Annual report on the Civil Veterinary Department, Burma (including the Insein Veterinary School) - 1910-1922
Year: 1910
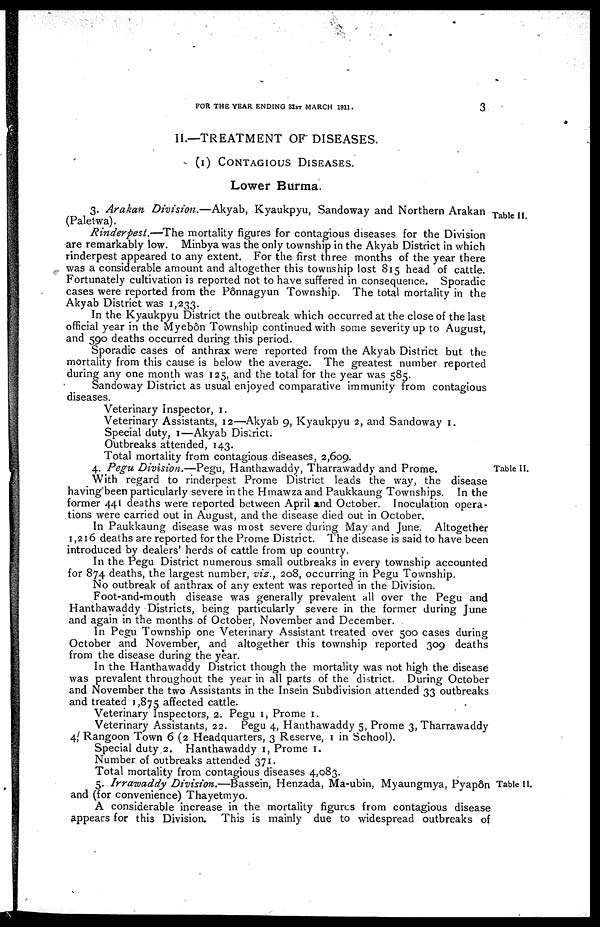
FOR THE YEAR ENDING 31ST MARCH 1911.
3
II.—TREATMENT OF DISEASES.
(1) CONTAGIOUS DISEASES.
Lower Burma.
Table II.
3. Arakan Division.—Akyab,
Kyaukpyu, Sandoway and Northern Arakan
(Paletwa).
Rinderpest.—The
mortality figures for contagious diseases for the Division
are remarkably low. Minbya was the only township in the Akyab District in which
rinderpest appeared to any extent. For the first three months of the year there
was a considerable amount and altogether this township lost 815 head of cattle.
Fortunately cultivation is reported not to have suffered in consequence. Sporadic
cases were reported from the Pônnagyun Township. The total mortality in the
Akyab District was 1,233.
In the Kyaukpyu District the outbreak which occurred at the close of the last
official year in the Myebôn Township continued with some severity up to August,
and 590 deaths occurred during this period.
Sporadic cases of anthrax were reported from the Akyab District but the
mortality from this cause is below the average. The greatest number reported
during any one month was 125, and the total for the year was 585.
Sandoway District as usual enjoyed comparative immunity from contagious
diseases.
Veterinary Inspector, 1.
Veterinary Assistants, 12—Akyab 9, Kyaukpyu 2, and Sandoway 1.
Special duty, 1—Akyab District.
Outbreaks attended, 143.
Total mortality from contagious diseases, 2,609.
Table II.
4. Pegn, Division.—Pegu,
Hanthawaddy, Tharrawaddy and Prome.
With regard to rinderpest Prome District leads the way, the disease
having been particularly severe in the Hmawza and Paukkaung Townships. In the
former 441 deaths were reported between April and October. Inoculation opera-
tions were carried out in August, and the disease died out in October.
In Paukkaung disease was most severe during May and June. Altogether
1,216 deaths are reported for the Prome District. The disease is said to have been
introduced by dealers' herds of cattle from up country.
In the Pegu District numerous small outbreaks in every township accounted
for 874 deaths, the largest number, vis., 208, occurring in Pegu Township.
No outbreak of anthrax of any extent was reported in the Division.
Foot-and-mouth disease was generally prevalent all over the Pegu and
Hanthawaddy Districts, being particularly severe in the former during June
and again in the months of October, November and December.
In Pegu Township one Veterinary Assistant treated over 500 cases during
October and November, and altogether this township reported 309 deaths
from the disease during the year.
In the Hanthawaddy District though the mortality was not high the disease
was prevalent throughout the year in all parts of the district. During October
and November the two Assistants in the Insein Subdivision attended 33 outbreaks
and treated 1,875 affected cattle.
Veterinary Inspectors, 2. Pegu 1, Prome 1.
Veterinary Assistants, 22. Pegu 4, Hanthawaddy 5, Prome 3, Tharrawaddy
4/ Rangoon Town 6 (2 Headquarters, 3 Reserve, 1 in School).
Special duty.2. Hanthawaddy 1, Prome 1.
Number of outbreaks attended 371.
Total mortality from contagious diseases 4,083
Table II.
5. Irrawaddy Division.—Bassein,
Henzada, Ma-ubin, Myaungmya, Pyapôn
and (for convenience) Thayetmyo.
A considerable increase in the mortality figures from contagious disease
appears for this Division. This is mainly due to widespread outbreaks of